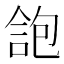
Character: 𠌑